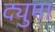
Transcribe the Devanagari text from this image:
द्युमा